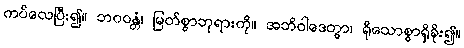
ကပ်လေပြီး၍။ ဘဂဝန္တံ၊ မြတ်စွာဘုရားကို။ အဘိဝါဒေတွာ၊ ရိုသောစွာရှိခိုး၍။